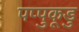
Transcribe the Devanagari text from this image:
पप्पुकूडु